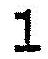
1